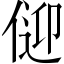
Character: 𱎸